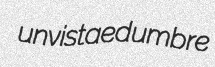
unvistaed umbre